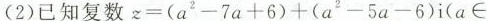
(2)已知复数 $$z = ( a ^ { 2 } - 7 a + 6 ) + ( a ^ { 2 } - 5 a - 6 ) i$$( a \in